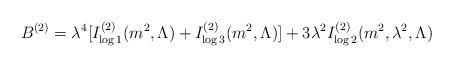
LaTeX: \begin{align*}B^{(2)}=\lambda ^{4}[I_{\log 1}^{(2)}(m^{2},\Lambda )+I_{\log3}^{(2)}(m^{2},\Lambda )]+3\lambda ^{2}I_{\log 2}^{(2)}(m^{2},\lambda^{2},\Lambda ) \end{align*}